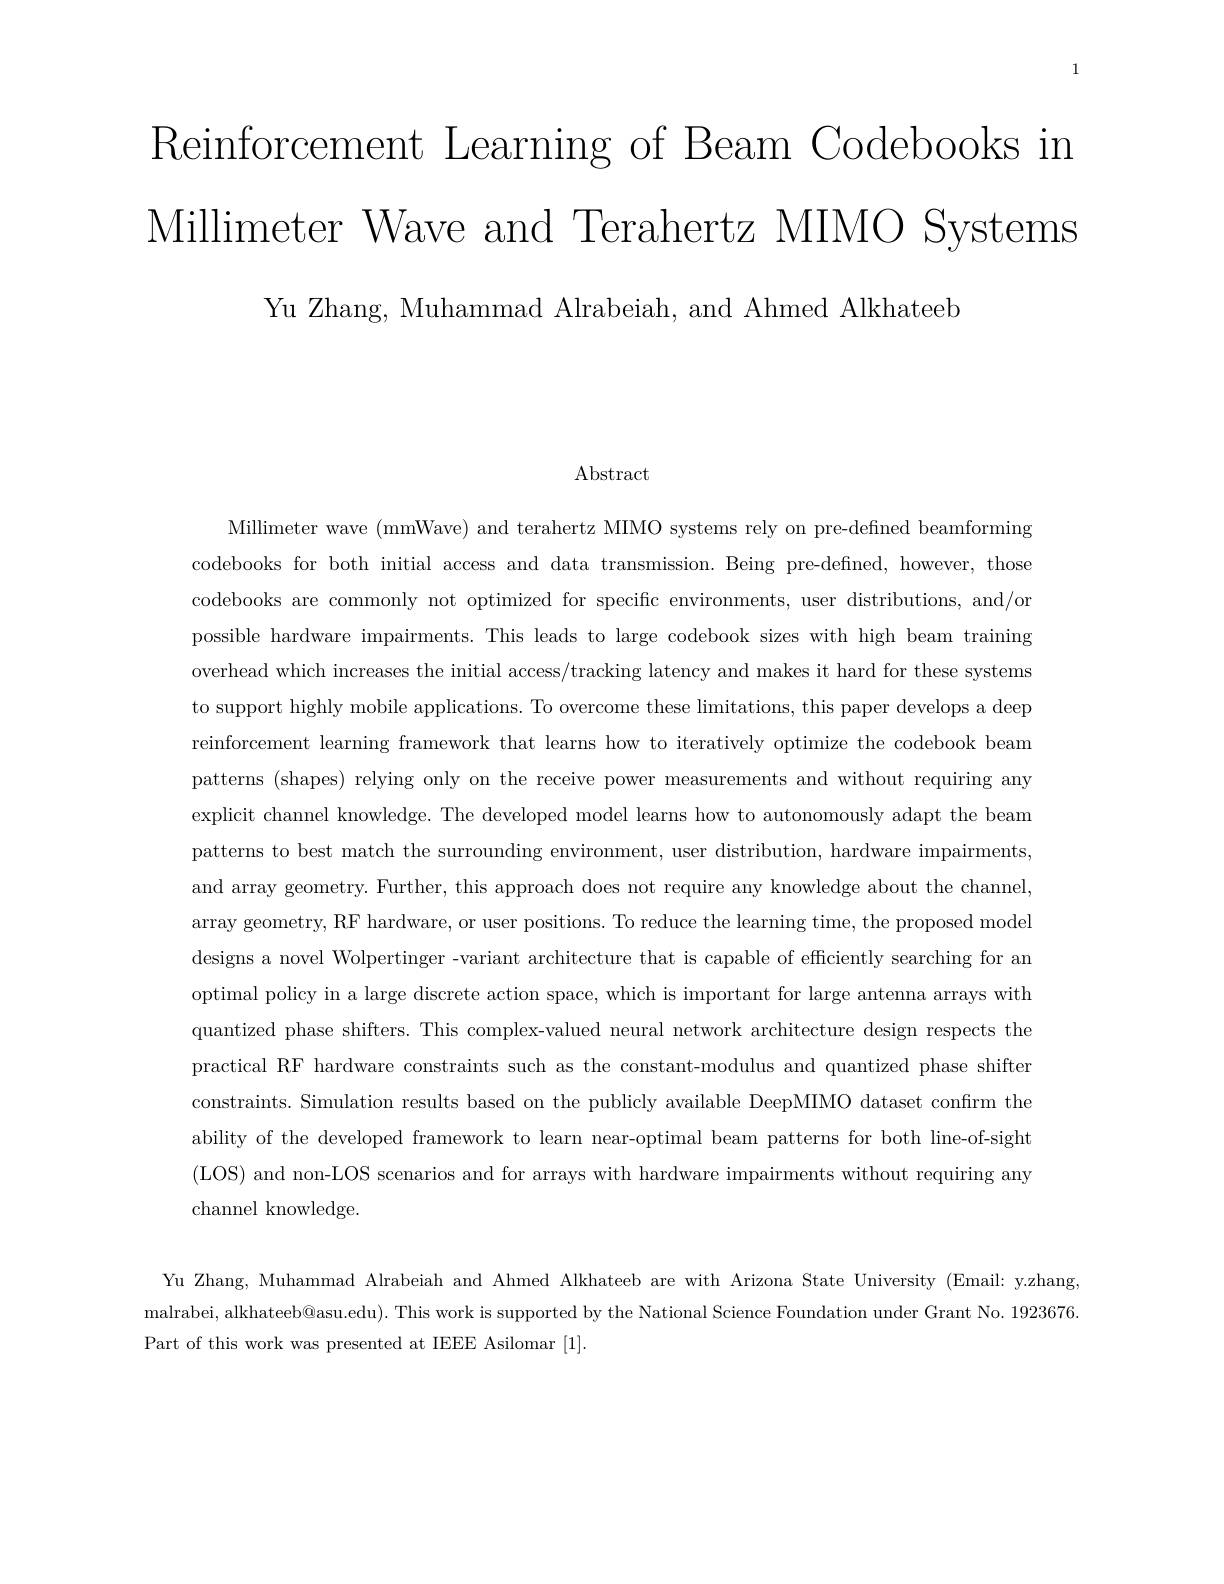
1

Reinforcement Learning of Beam Codebooks in

Millimeter Wave and Terahertz MIMO Systems

Yu Zhang, Muhammad Alrabeiah, and Ahmed Alkhateeb

Abstract

Millimeter wave (mmWave) and terahertz MIMO systems rely on pre-defined beamforming codebooks for both initial access and data transmission. Being pre-defined, however, those codebooks are commonly not optimized for specific environments, user distributions, and/or possible hardware impairments. This leads to large codebook sizes with high beam training overhead which increases the initial access/tracking latency and makes it hard for these systems to support highly mobile applications. To overcome these limitations, this paper develops a deep reinforcement learning framework that learns how to iteratively optimize the codebook beam patterns (shapes) relying only on the receive power measurements and without requiring any explicit channel knowledge. The developed model learns how to autonomously adapt the beam patterns to best match the surrounding environment, user distribution, hardware impairments, and array geometry. Further, this approach does not require any knowledge about the channel, array geometry, RF hardware, or user positions. To reduce the learning time, the proposed model designs a novel Wolpertinger -variant architecture that is capable of efficiently searching for an optimal policy in a large discrete action space, which is important for large antenna arrays with quantized phase shifters. This complex-valued neural network architecture design respects the practical RF hardware constraints such as the constant-modulus and quantized phase shifter constraints. Simulation results based on the publicly available DeepMIMO dataset confirm the ability of the developed framework to learn near-optimal beam patterns for both line-of-sight (LOS) and non-LOS scenarios and for arrays with hardware impairments without requiring any channel knowledge.

Yu Zhang, Muhammad Alrabeiah and Ahmed Alkhateeb are with Arizona State University (Email: y.zhang, malrabei, alkhateeb@asu.edu). This work is supported by the National Science Foundation under Grant No. 1923676. Part of this work was presented at IEEE Asilomar [1].